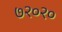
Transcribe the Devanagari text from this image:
७२०२०